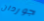
جوردان